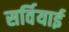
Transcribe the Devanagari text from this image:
सर्वियाई